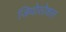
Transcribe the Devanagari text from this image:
जियोसोशल